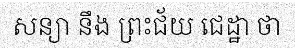
សន្យា នឹង ព្រះជ័យ ជេដ្ឋា ថា